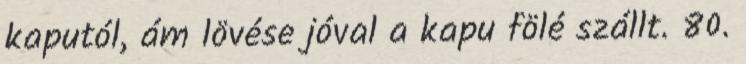
kaputól, ám lövése jóval a kapu fölé szállt. 80.